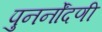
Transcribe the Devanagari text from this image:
पुनर्नोंदणी